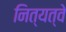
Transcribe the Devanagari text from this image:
नित्यत्वे